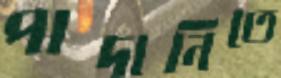
পাদানিতে